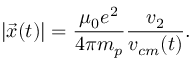
| \vec { x } ( t ) | = \frac { \mu _ { 0 } e ^ { 2 } } { 4 \pi m _ { p } } \frac { v _ { 2 } } { v _ { c m } ( t ) } .